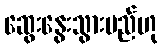
ဆွေးနွေးသွားမည်ဟု